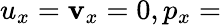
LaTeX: u_{x}=\mathbf{v}_{x}=0,p_{x}=